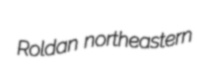
Roldan northeastern